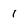
Character: 1